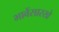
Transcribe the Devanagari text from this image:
भावेंसारखे